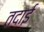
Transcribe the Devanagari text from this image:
तदाई